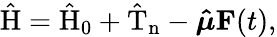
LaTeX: \mathrm{\hat{H}=\hat{H}_{0}+\hat{T}_{n}}-\boldsymbol{\hat{\mu}}\mathbf{F}(t),